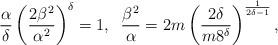
LaTeX: \begin{align*}\frac{\alpha }{\delta } \left( \frac{2 \beta^2}{\alpha^2}\right)^{\delta }=1, \; \; \frac{\beta^2}{\alpha } = 2m \left(\frac{2\delta }{m 8^{\delta }} \right)^{\frac{1}{2\delta -1}},\end{align*}